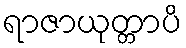
ရာဇာယုတ္တာပိ